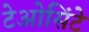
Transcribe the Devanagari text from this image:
टेओसिंटे